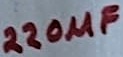
Text: 220µF